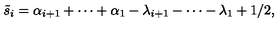
\tilde { s } _ { i } = \alpha _ { i + 1 } + \cdots + \alpha _ { 1 } - \lambda _ { i + 1 } - \cdots - \lambda _ { 1 } + 1 / 2 ,